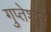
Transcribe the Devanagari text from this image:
गुप्तेश्‍वर